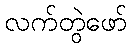
လက်တွဲဖော်